38_143685_box7_Incident_Summaries_1-100
Agency: Department of War
Page 35
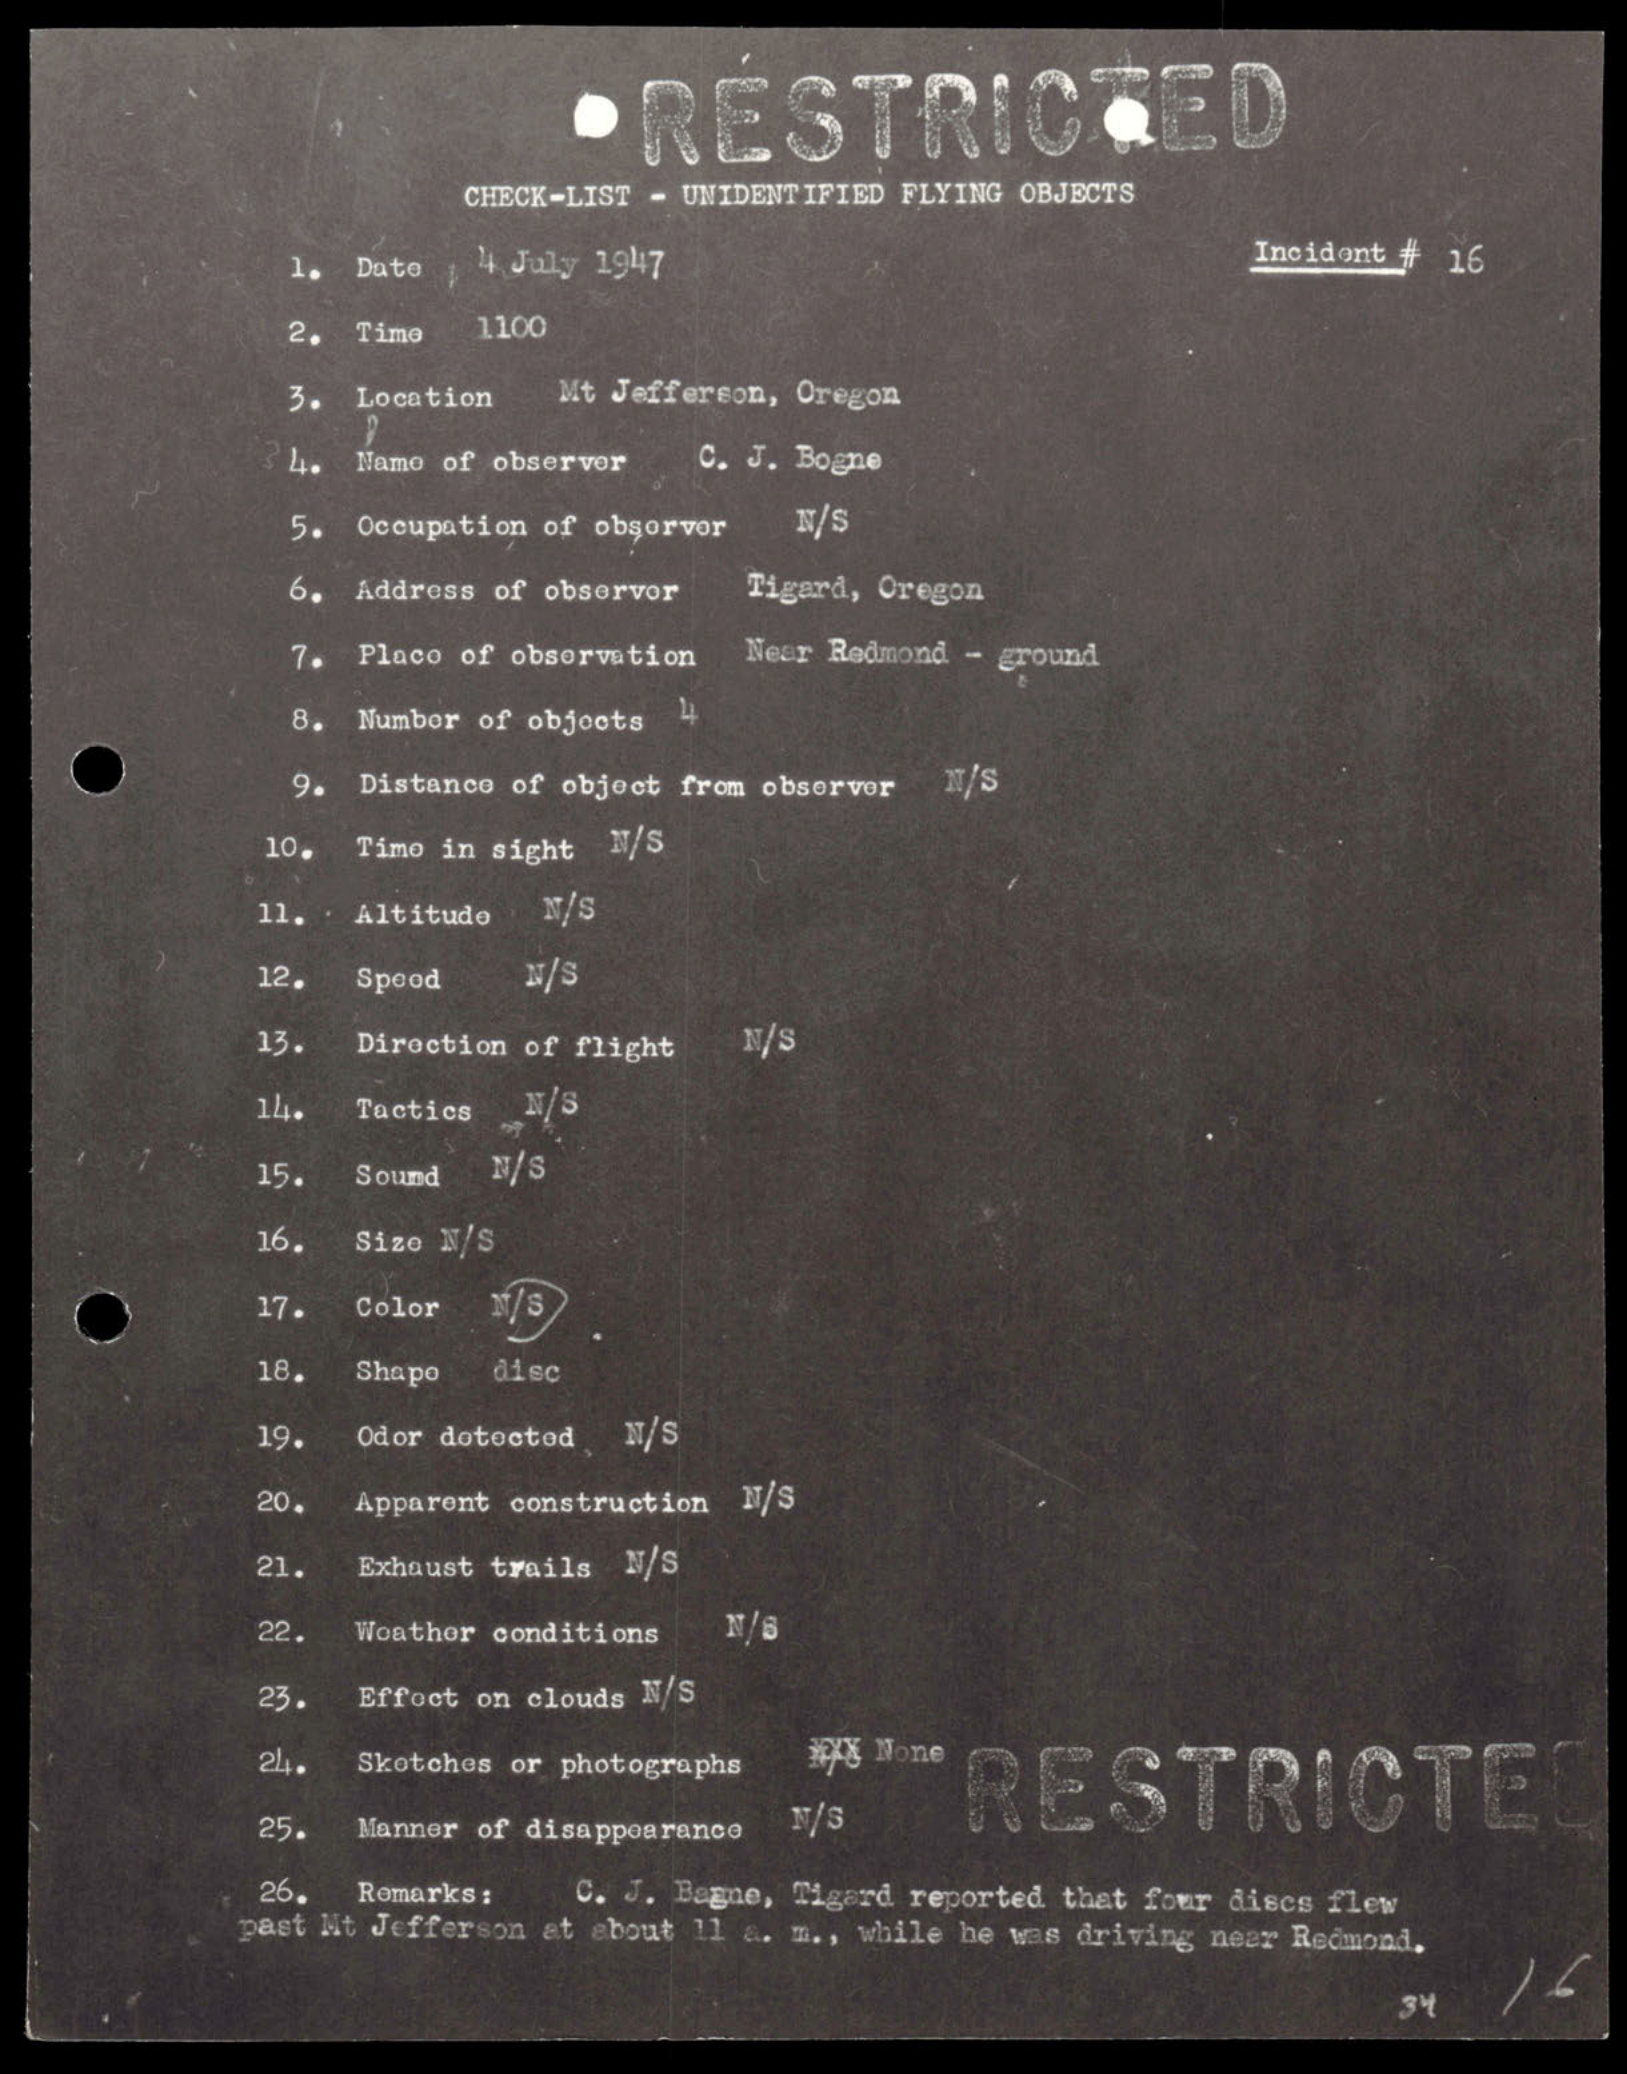